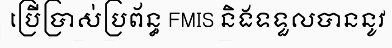
ប្រើប្រាស់ប្រព័ន្ធ FMIS និងទទួលបាននូវ